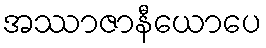
အဿာဇာနီယောပေ